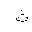
Letter: _tha